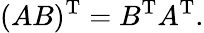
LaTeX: (AB)^{\mathrm{T}}=B^{\mathrm{T}}A^{\mathrm{T}}.